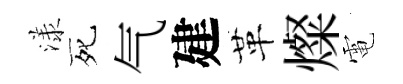
漾死气建革燦電